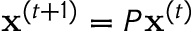
\mathbf { x } ^ { ( t + 1 ) } = P \mathbf { x } ^ { ( t ) }